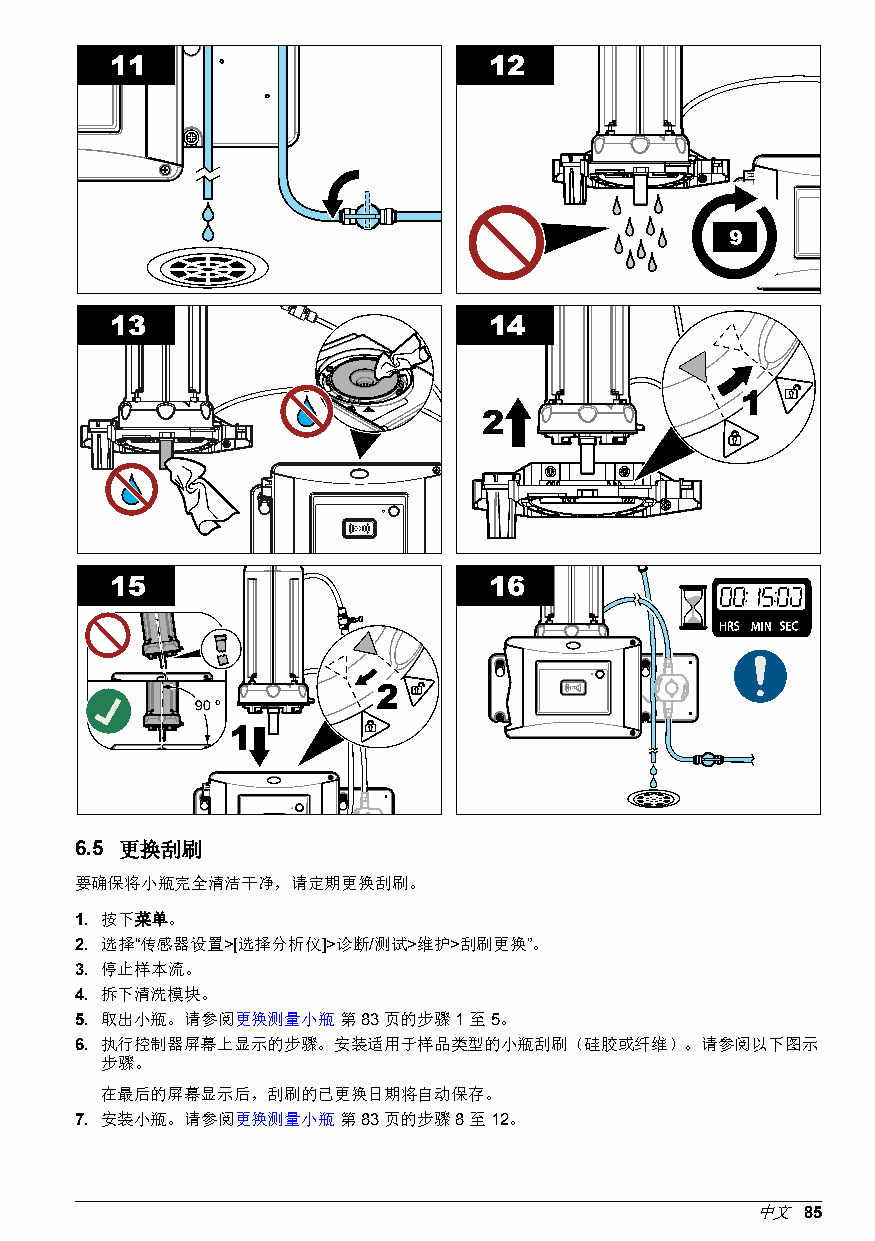
6.5 更换刮刷
 要确保将小瓶完全清洁干净，请定期更换刮刷。
 1. 按下菜单。
 2. 选择“传感器设置>[选择分析仪]>诊断/测试>维护>刮刷更换”。
 3. 停止样本流。
 4. 拆下清洗模块。
 5. 取出小瓶。请参阅更换测量小瓶 第 83 页的步骤 1 至 5。
 6. 执行控制器屏幕上显示的步骤。安装适用于样品类型的小瓶刮刷（硅胶或纤维）。请参阅以下图示
 步骤。
 在最后的屏幕显示后，刮刷的已更换日期将自动保存。
 7. 安装小瓶。请参阅更换测量小瓶 第 83 页的步骤 8 至 12。
 中文 85